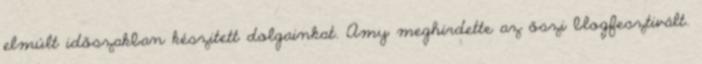
elmúlt időszakban készitett dolgainkat. Amy meghirdette az őszi blogfesztivált.